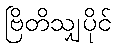
ဗြိတိသျှပိုင်